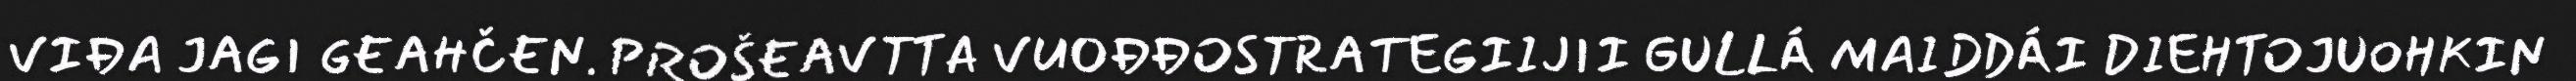
VIĐA JAGI GEAHČEN. PROŠEAVTTA VUOĐĐOSTRATEGIIJII GULLÁ MAIDDÁI DIEHTOJUOHKIN